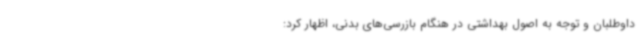
داوطلبان و توجه به اصول بهداشتی در هنگام بازرسی‌های بدنی، اظهار کرد: